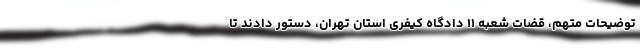
توضیحات متهم، قضات شعبه ۱۱ دادگاه کیفری استان تهران، دستور دادند تا